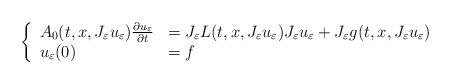
LaTeX: \begin{align*} \left\{\begin{array}{ll}A_0(t,x,J_\varepsilon u_\varepsilon)\frac{\partial u_\varepsilon}{\partial t}&=J_\varepsilon L(t,x,J_\varepsilon u_\varepsilon)J_\varepsilon u_\varepsilon+J_\varepsilon g(t,x,J_\varepsilon u_\varepsilon)\\ u_\varepsilon(0)&=f\end{array}\right. \end{align*}